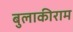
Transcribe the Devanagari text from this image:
बुलाकीराम